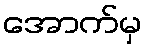
အောက်မှ